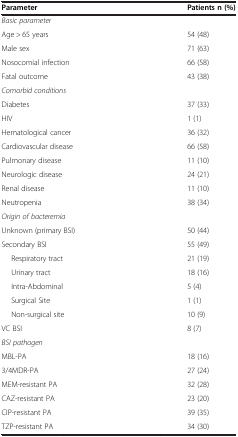
<table><thead><tr><td><b>Parameter</b></td><td><b>Patients n (%)</b></td></tr></thead><tbody><tr><td colspan="2"><i>Basic parameter</i></td></tr><tr><td>Age &gt; 65 years</td><td>54 (48)</td></tr><tr><td>Male sex</td><td>71 (63)</td></tr><tr><td>Nosocomial infection</td><td>66 (58)</td></tr><tr><td>Fatal outcome</td><td>43 (38)</td></tr><tr><td colspan="2"><i>Comorbid conditions</i></td></tr><tr><td>Diabetes</td><td>37 (33)</td></tr><tr><td>HIV</td><td>1 (1)</td></tr><tr><td>Hematological cancer</td><td>36 (32)</td></tr><tr><td>Cardiovascular disease</td><td>66 (58)</td></tr><tr><td>Pulmonary disease</td><td>11 (10)</td></tr><tr><td>Neurologic disease</td><td>24 (21)</td></tr><tr><td>Renal disease</td><td>11 (10)</td></tr><tr><td>Neutropenia</td><td>38 (34)</td></tr><tr><td colspan="2"><i>Origin of bacteremia</i></td></tr><tr><td>Unknown (primary BSI)</td><td>50 (44)</td></tr><tr><td>Secondary BSI</td><td>55 (49)</td></tr><tr><td>Respiratory tract</td><td>21 (19)</td></tr><tr><td>Urinary tract</td><td>18 (16)</td></tr><tr><td>Intra-Abdominal</td><td>5 (4)</td></tr><tr><td>Surgical Site</td><td>1 (1)</td></tr><tr><td>Non-surgical site</td><td>10 (9)</td></tr><tr><td>VC BSI</td><td>8 (7)</td></tr><tr><td colspan="2"><i>BSI pathogen</i></td></tr><tr><td>MBL-PA</td><td>18 (16)</td></tr><tr><td>3/4MDR-PA</td><td>27 (24)</td></tr><tr><td>MEM-resistant PA</td><td>32 (28)</td></tr><tr><td>CAZ-resistant PA</td><td>23 (20)</td></tr><tr><td>CIP-resistant PA</td><td>39 (35)</td></tr><tr><td>TZP-resistant PA</td><td>34 (30)</td></tr></tbody></table>